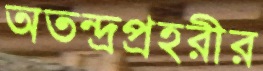
অতন্দ্রপ্রহরীর